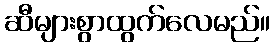
ဆီများစွာထွက်လေမည်။